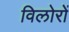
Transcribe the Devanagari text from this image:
विलोरों